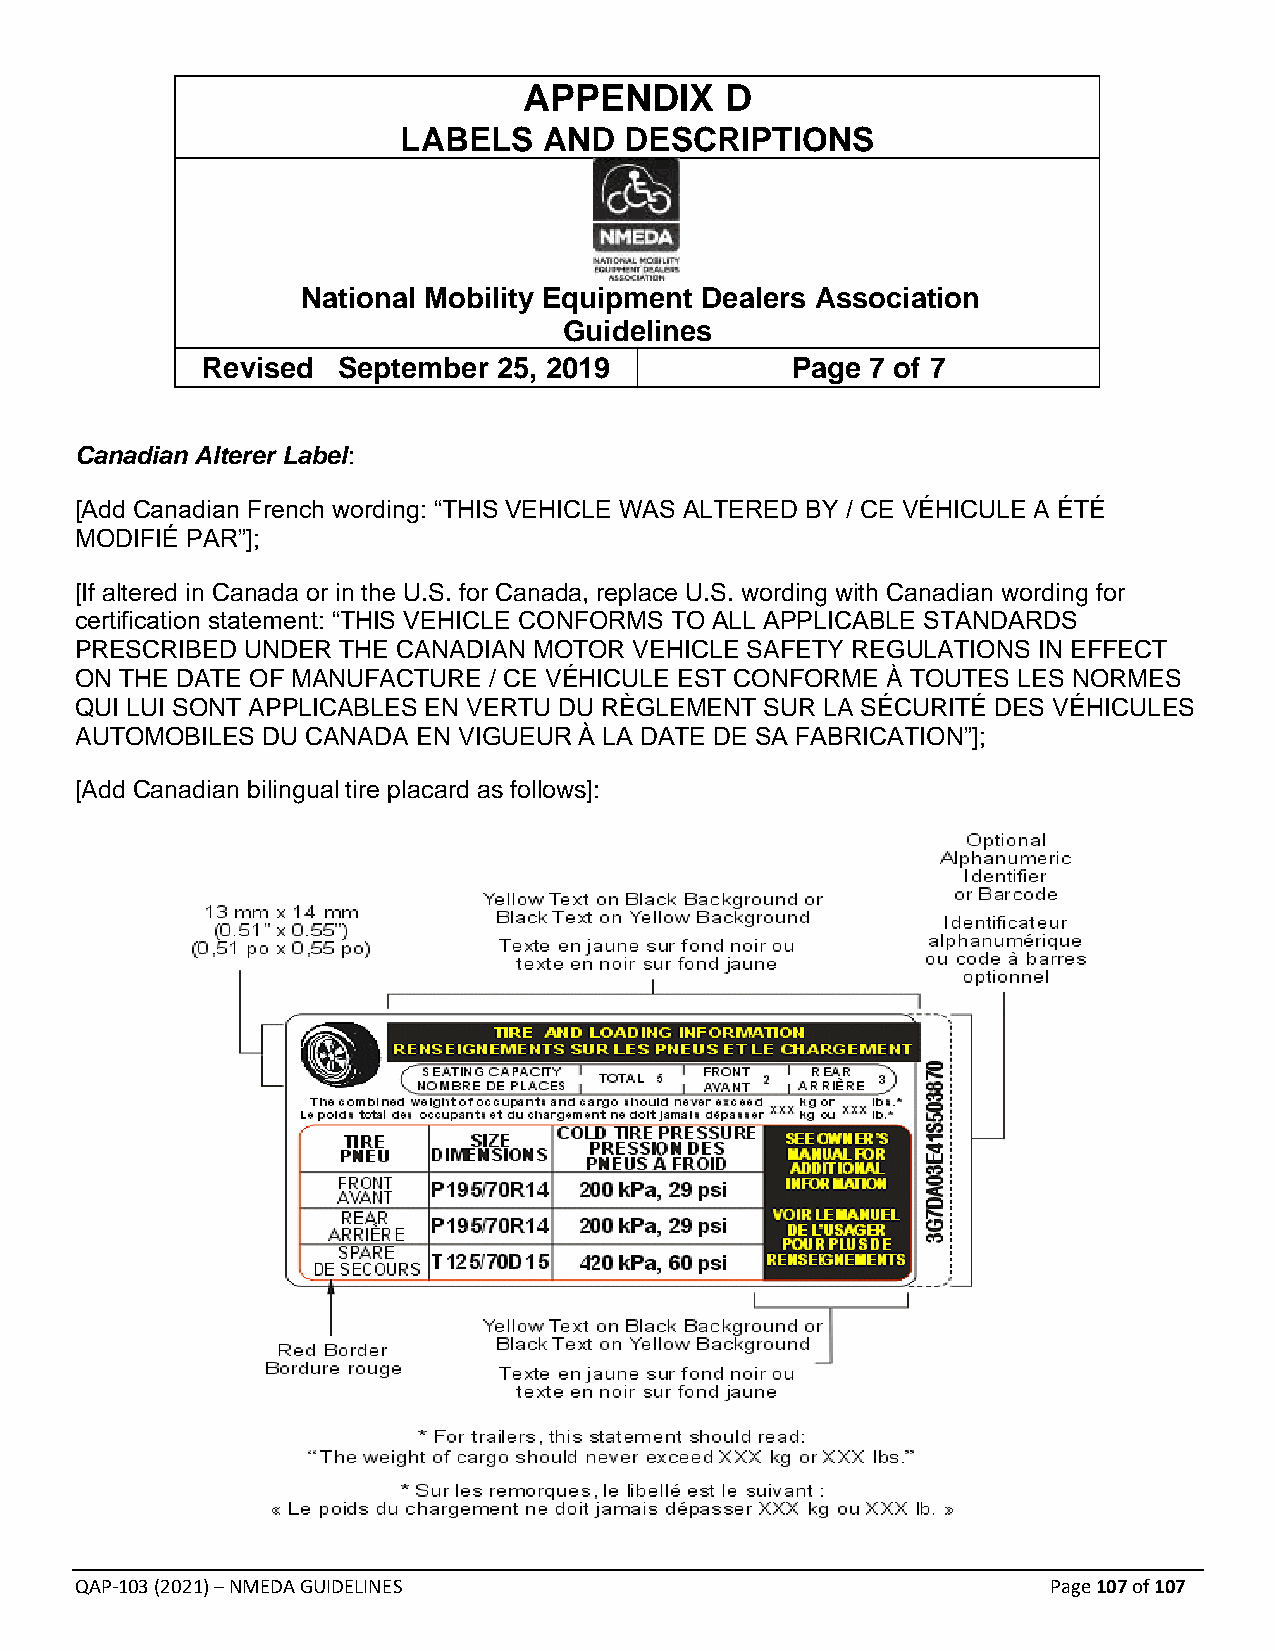
APPENDIX     D
 LABELS   AND  DESCRIPTIONS
 National Mobility Equipment Dealers Association
 Guidelines
 Revised  September  25, 2019           Page  7 of 7
 Canadian Alterer Label:
 [Add Canadian French wording: “THIS VEHICLE WAS ALTERED BY / CE VÉHICULE A ÉTÉ
 MODIFIÉ PAR”];
 [If altered in Canada or in the U.S. for Canada, replace U.S. wording with Canadian wording for
 certification statement: “THIS VEHICLE CONFORMS TO ALL APPLICABLE STANDARDS
 PRESCRIBED UNDER  THE CANADIAN MOTOR VEHICLE SAFETY REGULATIONS IN EFFECT
 ON THE DATE OF MANUFACTURE / CE VÉHICULE EST CONFORME À TOUTES LES NORMES
 QUI LUI SONT APPLICABLES EN VERTU DU RÈGLEMENT SUR LA SÉCURITÉ DES VÉHICULES
 AUTOMOBILES DU CANADA  EN VIGUEUR À LA DATE DE SA FABRICATION”];
 [Add Canadian bilingual tire placard as follows]:
 QAP-103 (2021) – NMEDA GUIDELINES                                Page 107 of 107